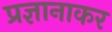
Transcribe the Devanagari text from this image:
प्रज्ञानाकर